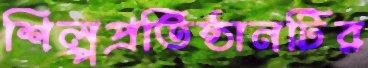
শিল্পপ্রতিষ্ঠানটির